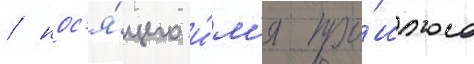
/ нос'я́щего и́м'я про́шлого